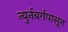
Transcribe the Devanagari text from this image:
न्युर्नबर्गपासून